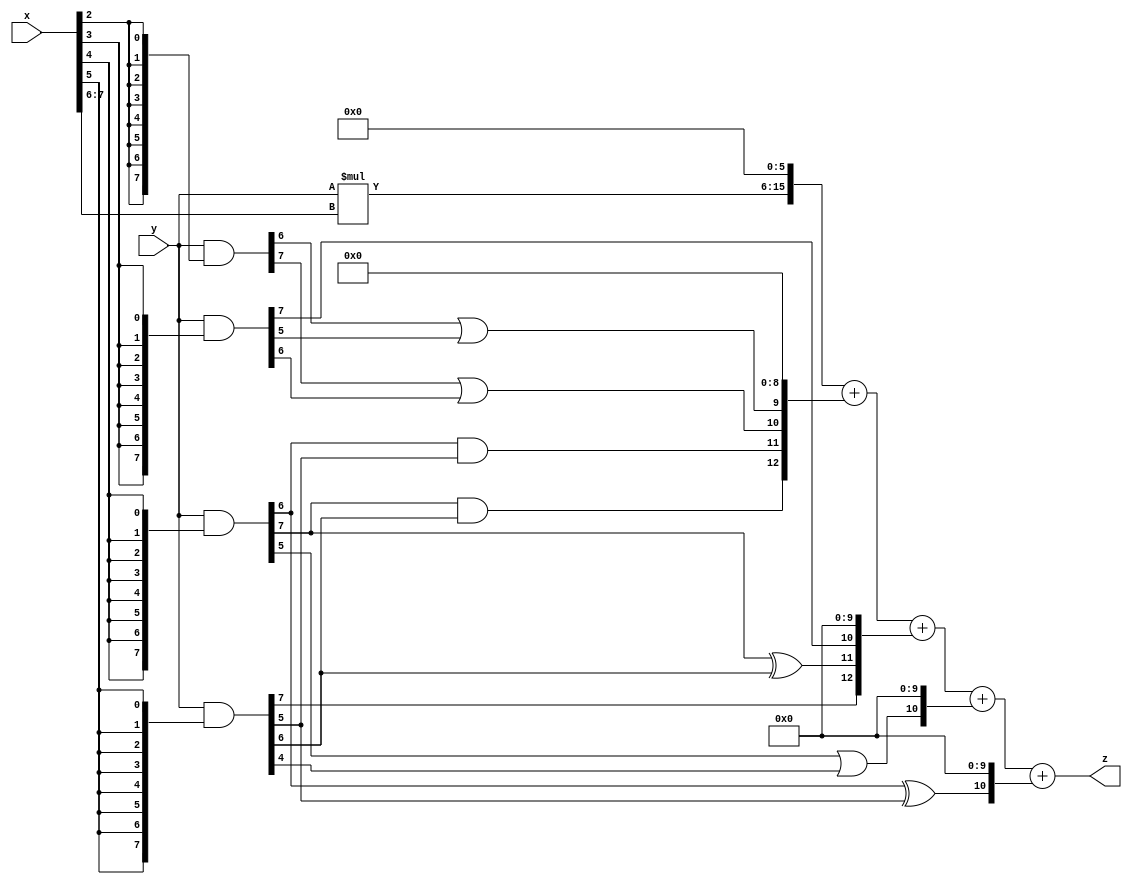
// terms: 9
// fval:  647422.25

module unsigned_8x8_l6_lamb50000_9 (
	input [7:0] x,
	input [7:0] y,
	output [15:0] z
);

wire [9:0] tmp_z = y*x[7:6];

wire [7:0] part1 =  y & {8{x[0]}};
wire [7:0] part2 =  y & {8{x[1]}};
wire [7:0] part3 =  y & {8{x[2]}};
wire [7:0] part4 =  y & {8{x[3]}};
wire [7:0] part5 =  y & {8{x[4]}};
wire [7:0] part6 =  y & {8{x[5]}};

wire [12:0] new_part1;
assign new_part1[0] = 0;
assign new_part1[1] = 0;
assign new_part1[2] = 0;
assign new_part1[3] = 0;
assign new_part1[4] = 0;
assign new_part1[5] = 0;
assign new_part1[6] = 0;
assign new_part1[7] = 0;
assign new_part1[8] = 0;
assign new_part1[9] = part3[6] | part4[5];
assign new_part1[10] = part3[7] | part4[6];
assign new_part1[11] = part5[6] & part6[5];
assign new_part1[12] = part5[7] & part6[6];

wire [12:0] new_part2;
assign new_part2[0] = 0;
assign new_part2[1] = 0;
assign new_part2[2] = 0;
assign new_part2[3] = 0;
assign new_part2[4] = 0;
assign new_part2[5] = 0;
assign new_part2[6] = 0;
assign new_part2[7] = 0;
assign new_part2[8] = 0;
assign new_part2[9] = 0;
assign new_part2[10] = part4[7];
assign new_part2[11] = part5[7] ^ part6[6];
assign new_part2[12] = part6[7];

wire [10:0] new_part3;
assign new_part3[0] = 0;
assign new_part3[1] = 0;
assign new_part3[2] = 0;
assign new_part3[3] = 0;
assign new_part3[4] = 0;
assign new_part3[5] = 0;
assign new_part3[6] = 0;
assign new_part3[7] = 0;
assign new_part3[8] = 0;
assign new_part3[9] = 0;
assign new_part3[10] = part5[5] | part6[4];

wire [10:0] new_part4;
assign new_part4[0] = 0;
assign new_part4[1] = 0;
assign new_part4[2] = 0;
assign new_part4[3] = 0;
assign new_part4[4] = 0;
assign new_part4[5] = 0;
assign new_part4[6] = 0;
assign new_part4[7] = 0;
assign new_part4[8] = 0;
assign new_part4[9] = 0;
assign new_part4[10] = part5[6] ^ part6[5];

assign z = {tmp_z, 6'd 0} + new_part1 + new_part2 + new_part3 + new_part4;
endmodule